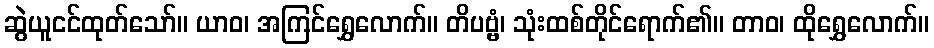
ဆွဲယူငင်ထုတ်သော်။ ယာဝ၊ အကြင်ရွှေလောက်။ တိပဗ္ဗံ၊ သုံးထစ်တိုင်ရောက်၏။ တာဝ၊ ထိုရွှေလောက်။